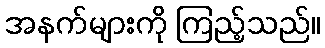
အနက်များကို ကြည့်သည်။